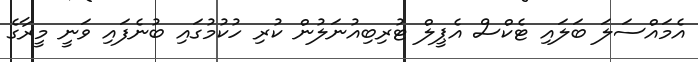
އެމައްސަލަ ބަލައި ޓެކްސް އެޕީލް ޓުރިބިއުނަލުން ކުރި ހުކުމުގައި ބުނެފައި ވަނީ މީރާގެ